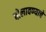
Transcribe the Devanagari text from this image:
बोलावण्याचे